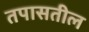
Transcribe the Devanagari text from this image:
तपासतील